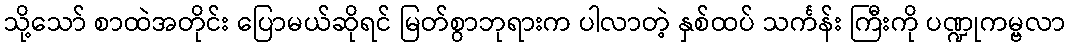
သို့သော် စာထဲအတိုင်း ပြောမယ်ဆိုရင် မြတ်စွာဘုရားက ပါလာတဲ့ နှစ်ထပ် သင်္ကန်း ကြီးကို ပဏ္ဍုကမ္ဗလာ